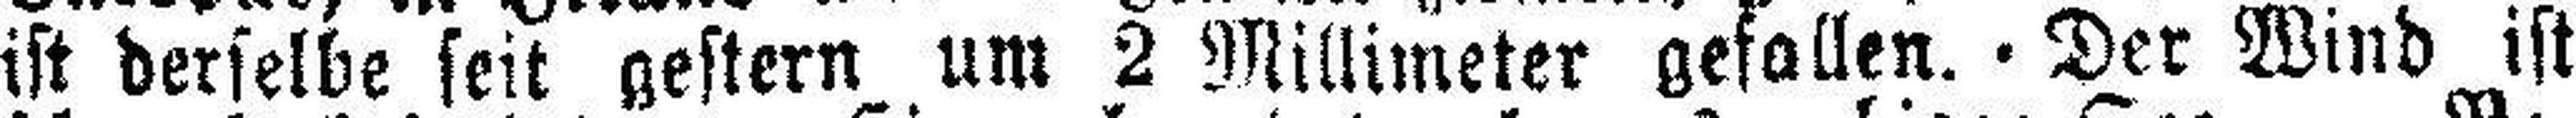
ist derselbe seit gestern um 2 Millimeter gefallen. - Der Wind ist